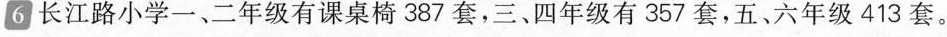
6 长江路小学一、二年级有课桌椅387套，三、四年级有357套，五、六年级413套。